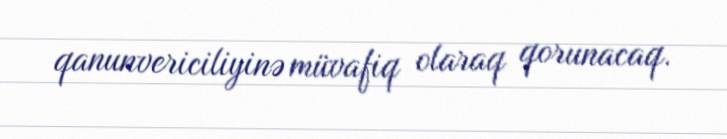
qanunvericiliyinə müvafiq olaraq qorunacaq.